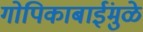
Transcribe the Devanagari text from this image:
गोपिकाबाईंमुळे